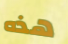
هذه